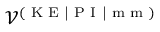
\mathcal { V } ^ { ( \textrm { K E | P I | m m } ) }